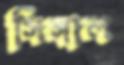
সিঙ্গাল